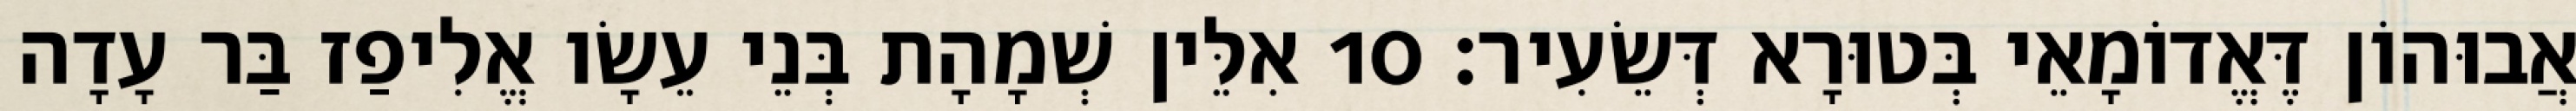
אֲבוּהוֹן דֶּאֱדוֹמָאֵי בְּטוּרָא דְּשֵׂעִיר׃ 10 אִלֵּין שְׁמָהָת בְּנֵי עֵשָׂו אֱלִיפַז בַּר עָדָה